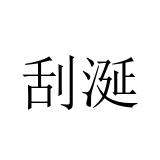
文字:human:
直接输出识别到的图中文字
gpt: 刮涎